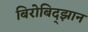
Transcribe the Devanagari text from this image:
बिरोबिद्झान